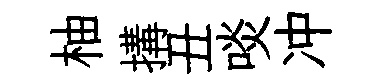
柚搆丑啖冲